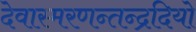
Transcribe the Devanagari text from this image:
देवास्मरणन्तन्द्रदियो